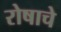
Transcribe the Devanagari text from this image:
रोषाचे